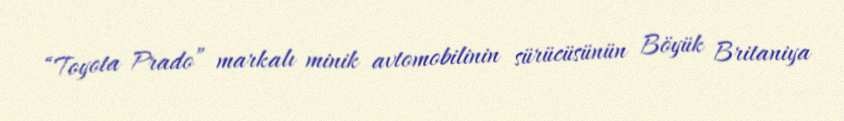
“Toyota Prado” markalı minik avtomobilinin sürücüsünün Böyük Britaniya